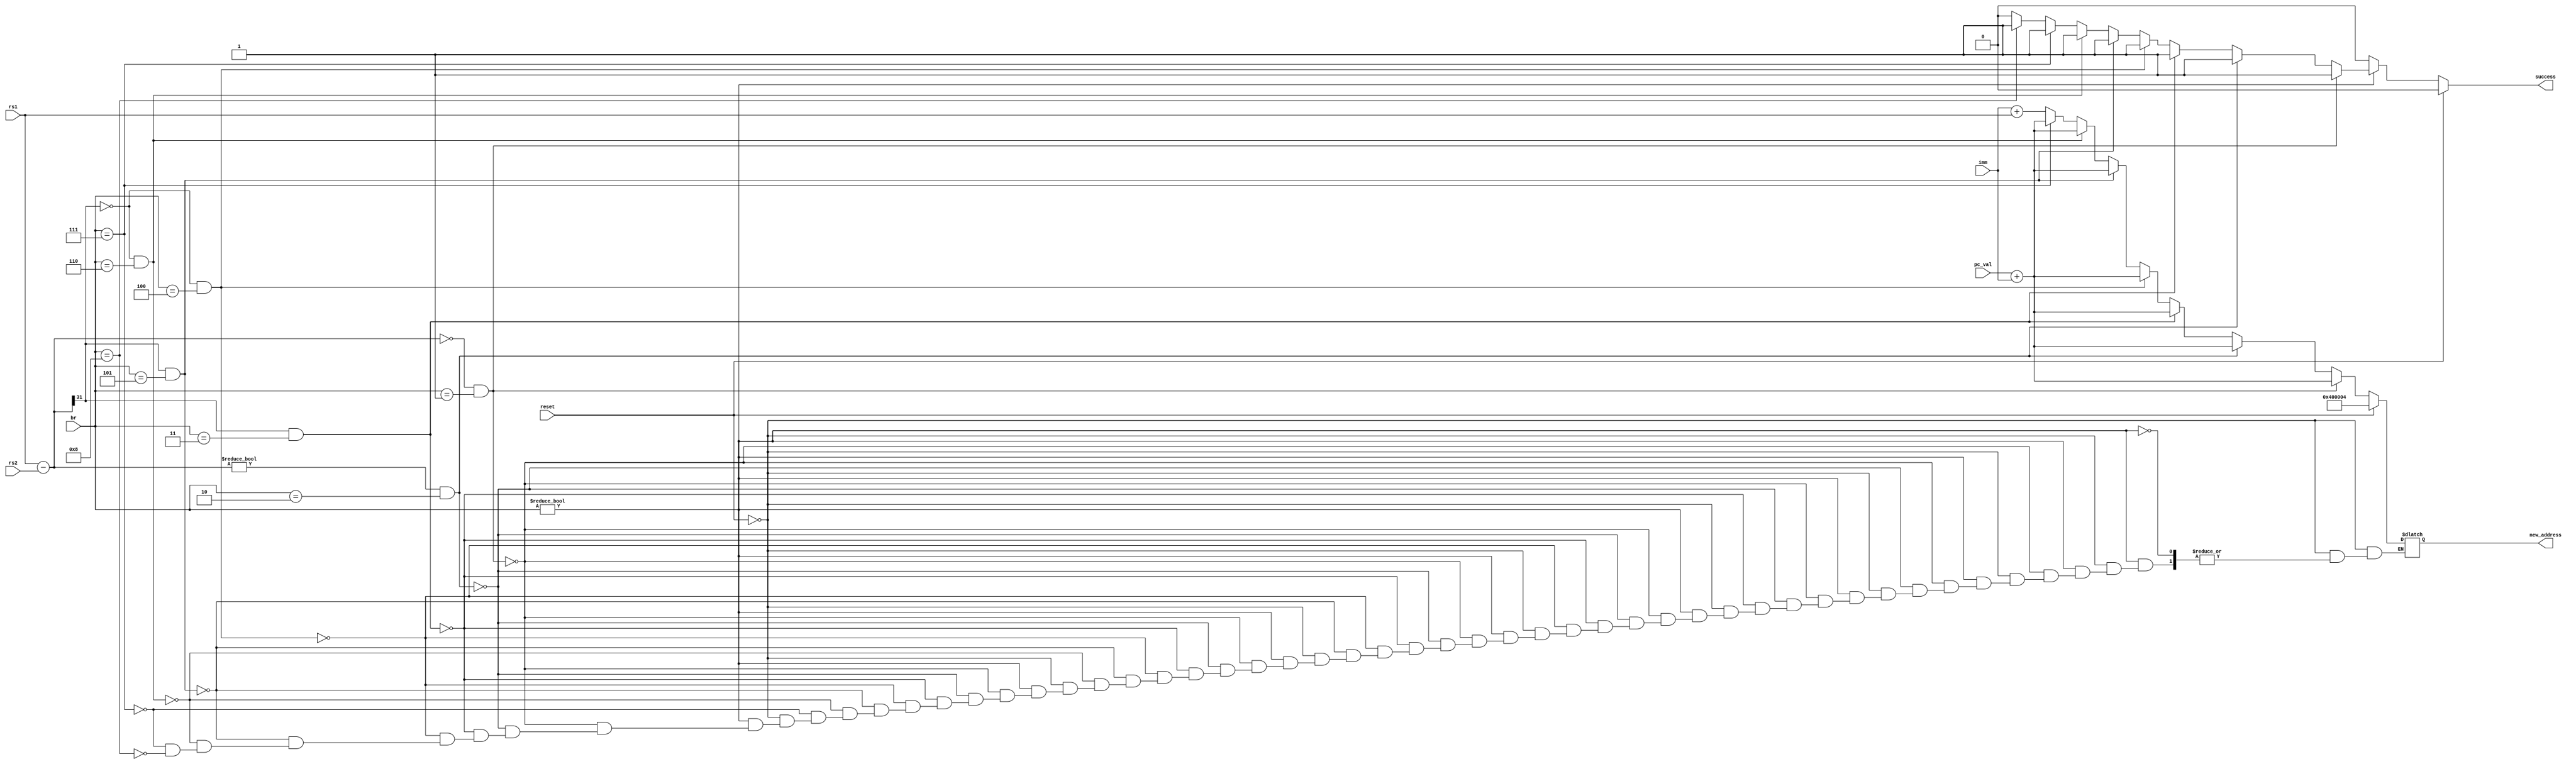
module branch_compare ( 
	input wire [3:0] br,
	input wire reset,
	input wire [31:0] rs1,
	input wire [31:0] rs2,
	input wire [31:0] imm,
	input wire [31:0] pc_val,
	
	output reg [31:0] new_address,
	output reg success
);

	reg signed [31:0] comp1minus2;

	initial begin
		success = 0;
	end


	always @ (*) begin
		if (reset == 1'b1) begin
			new_address = 32'h00400004;
			success = 0;
		end else begin
			if (br != 0) begin //IF B-TYPE INSTRUCTION
				success = 0;
				comp1minus2 = rs1 - rs2;

				if ((comp1minus2 == 32'd0) && br == 4'd1) begin //IF BEQ
					new_address = pc_val + imm;
					success = 1;
				end else
				if ((comp1minus2 != 32'd0) && br == 4'd2) begin //IF BNE
					new_address = pc_val + imm;
					success = 1;
				end else
				if ((comp1minus2[31] == 1'b1) && br == 4'd3) begin //IF BLT
					new_address = pc_val + imm;
					success = 1;
				end else
				if ((comp1minus2[31] == 1'b0) && br == 4'd4) begin //IF BGE
					new_address = pc_val + imm;
					success = 1;
				end else
				if ((comp1minus2[31] == 1'b1) && br == 4'd5) begin //IF BLTU
					new_address = pc_val + imm;
					success = 1;
				end else
				if ((comp1minus2[31] == 1'b0) && br == 4'd6) begin //IF BGEU
					new_address = pc_val + imm;
					success = 1;
				end else
				if (br == 4'd7) begin //IF JAL
					new_address = pc_val + imm;
					success = 1;
				end else
				if	(br == 4'd8) begin
					new_address = imm + rs1;
					success = 1;
				end
			end
			else begin
				success = 0;
			end	
		end
	end	
	

endmodule